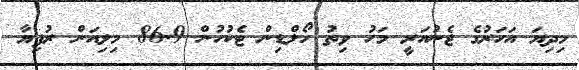
މިދިޔަ އަހަރުގެ ޖެނުއަރީ މަހު ވިތު ހޯލްޑިން ޓެކުހުން 86.9 މިލިއަން ރުފިޔާ